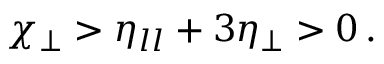
\chi _ { \perp } > \eta _ { l l } + 3 \eta _ { \perp } > 0 \, .